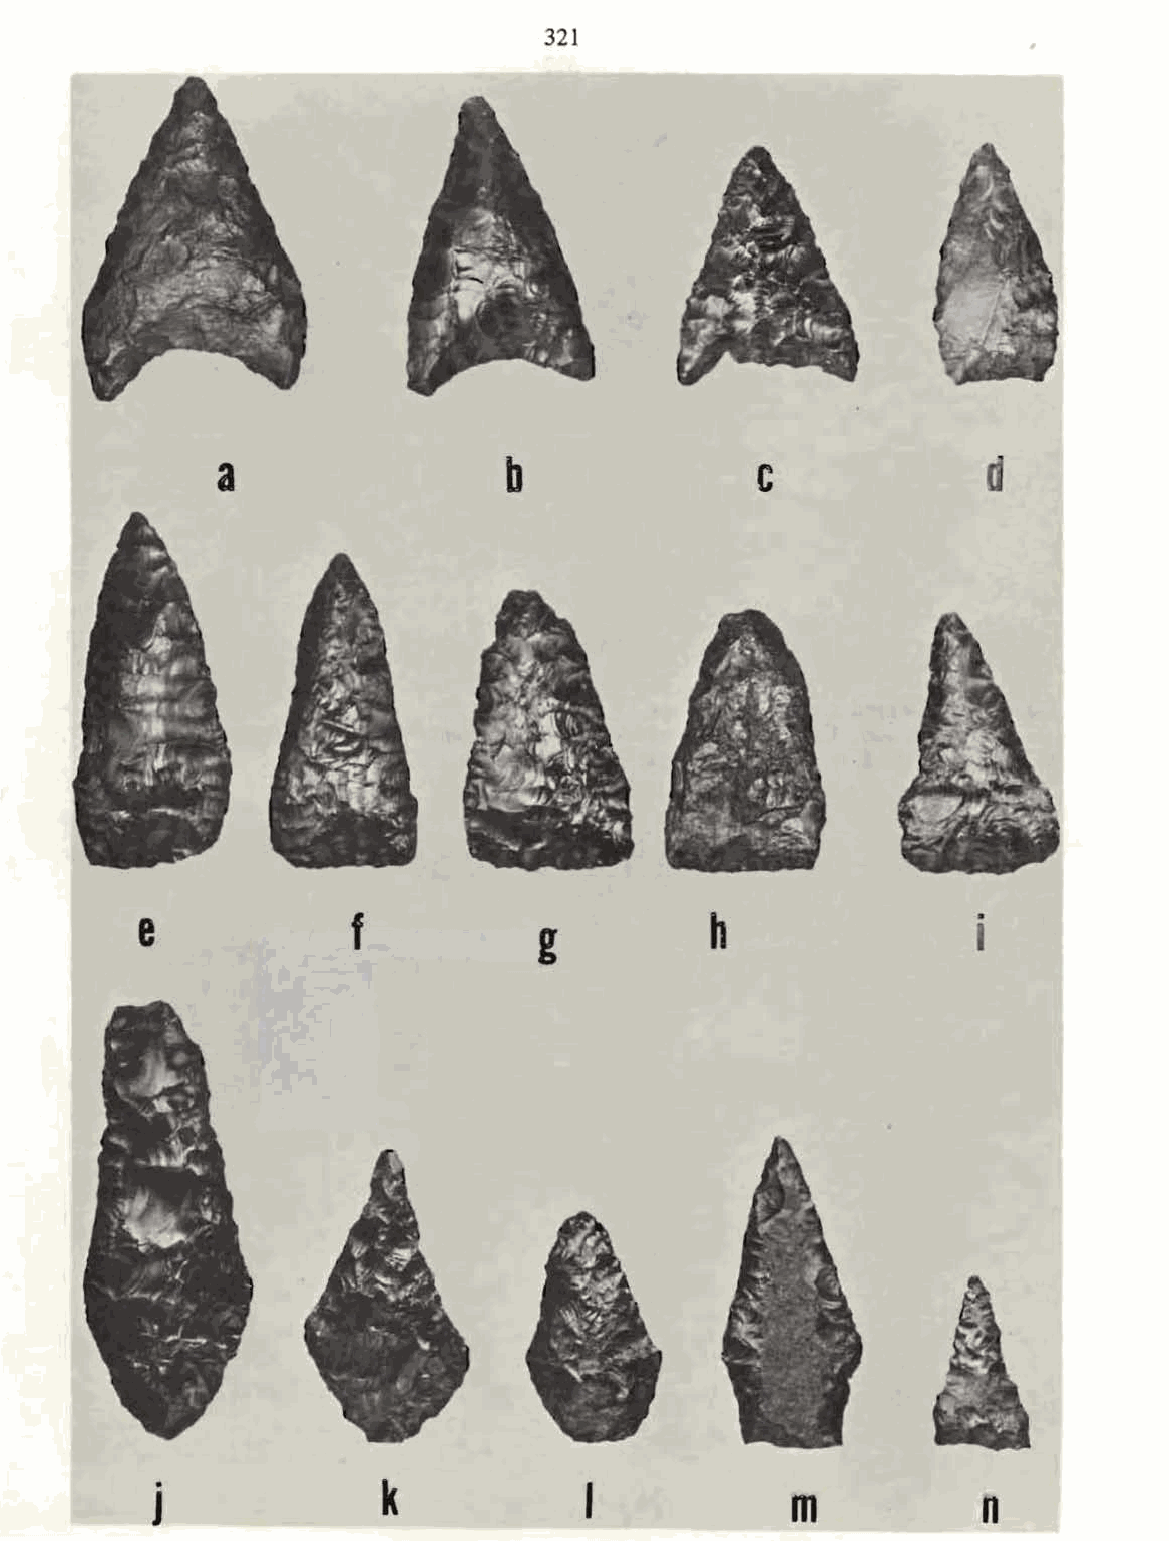
321
 a                  b               c               d
 e             f           g          h
 .
 J              k            I             m           n